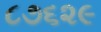
૮૭૬૨૯